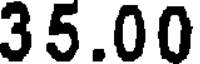
35.00